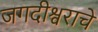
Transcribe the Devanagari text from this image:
जगदीश्वराचे